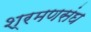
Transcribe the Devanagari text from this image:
श्रमणसंघ